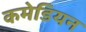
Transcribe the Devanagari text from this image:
कमेडियन